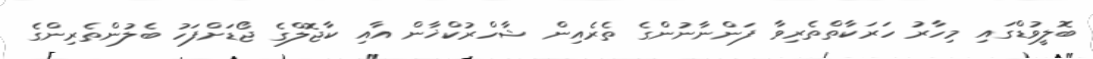
ބޮލީވުޑްގައި މިހާރު ހަރަކާތްތެރިވާ ފަންނާނުންގެ ތެރެއިން ޝާހްރުކްޚާން އާއި ކާޖޮލްގެ ޖޯޑަށްފަހު ބެލުންތެރިންގެ